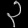
Digit: ၃